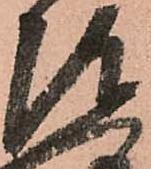
陣